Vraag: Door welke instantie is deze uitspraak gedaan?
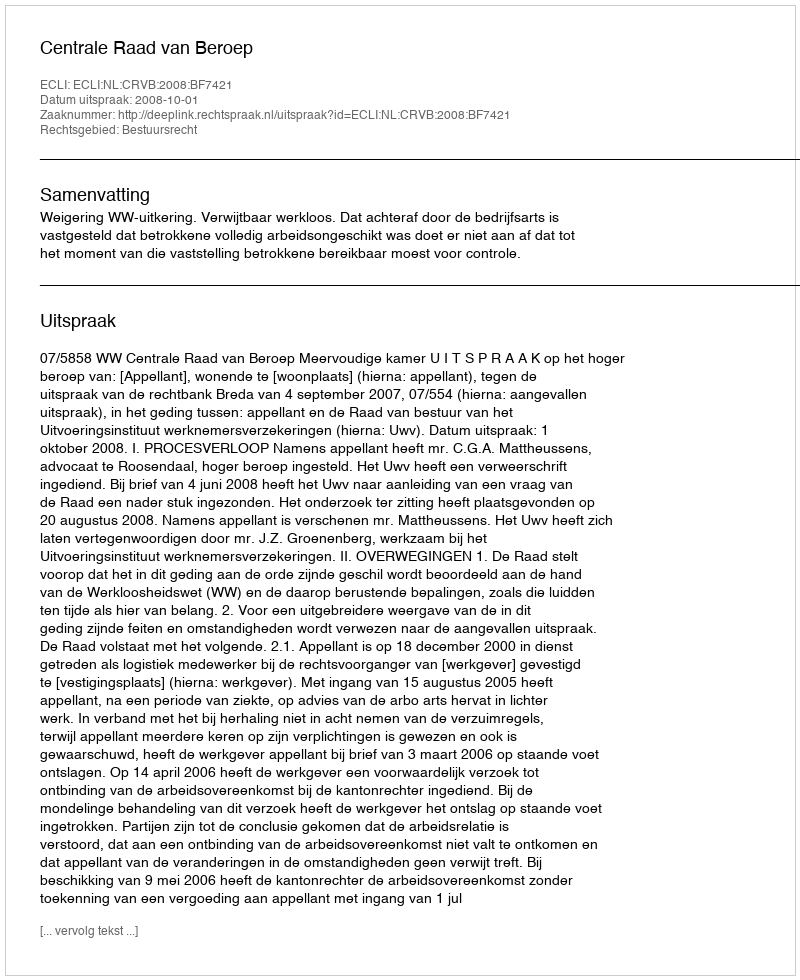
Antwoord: Centrale Raad van Beroep